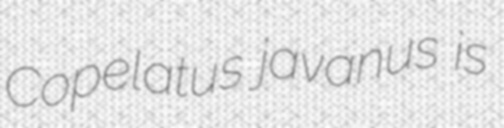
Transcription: Copelatus javanus is